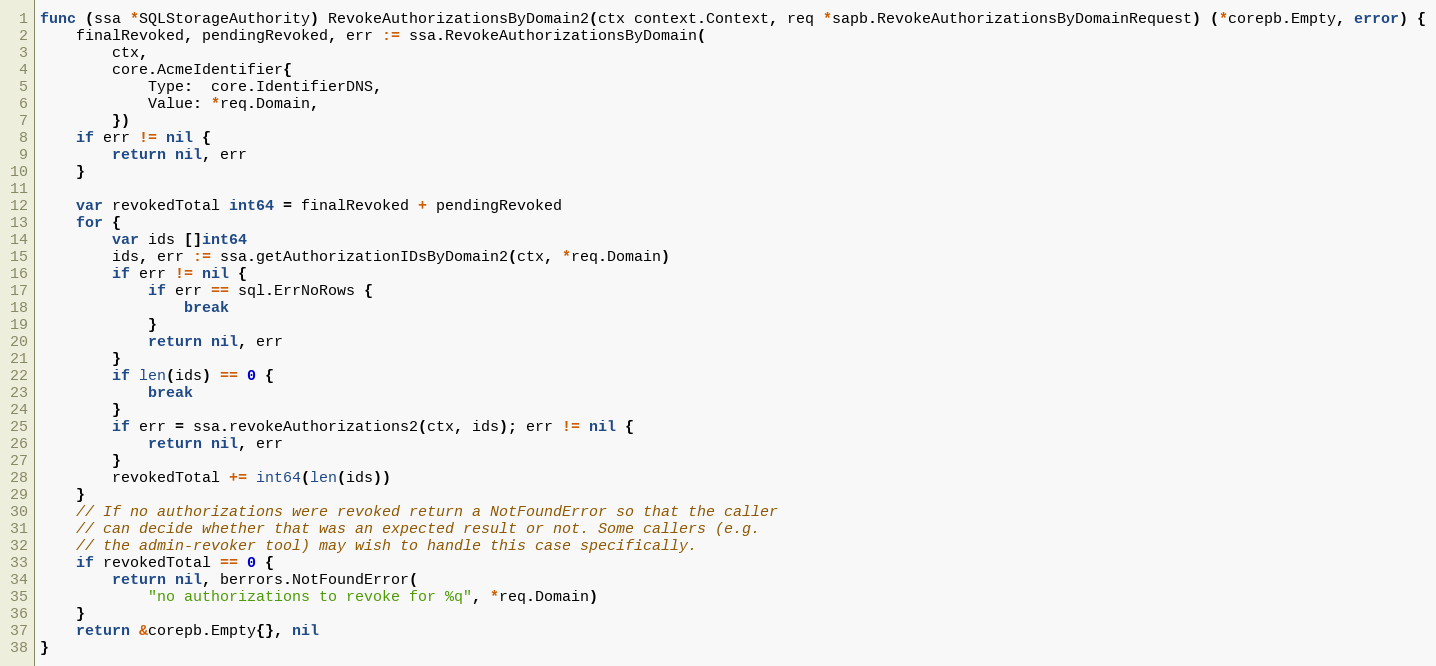
Language: Go
func (ssa *SQLStorageAuthority) RevokeAuthorizationsByDomain2(ctx context.Context, req *sapb.RevokeAuthorizationsByDomainRequest) (*corepb.Empty, error) {
	finalRevoked, pendingRevoked, err := ssa.RevokeAuthorizationsByDomain(
		ctx,
		core.AcmeIdentifier{
			Type:  core.IdentifierDNS,
			Value: *req.Domain,
		})
	if err != nil {
		return nil, err
	}

	var revokedTotal int64 = finalRevoked + pendingRevoked
	for {
		var ids []int64
		ids, err := ssa.getAuthorizationIDsByDomain2(ctx, *req.Domain)
		if err != nil {
			if err == sql.ErrNoRows {
				break
			}
			return nil, err
		}
		if len(ids) == 0 {
			break
		}
		if err = ssa.revokeAuthorizations2(ctx, ids); err != nil {
			return nil, err
		}
		revokedTotal += int64(len(ids))
	}
	// If no authorizations were revoked return a NotFoundError so that the caller
	// can decide whether that was an expected result or not. Some callers (e.g.
	// the admin-revoker tool) may wish to handle this case specifically.
	if revokedTotal == 0 {
		return nil, berrors.NotFoundError(
			"no authorizations to revoke for %q", *req.Domain)
	}
	return &corepb.Empty{}, nil
}